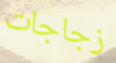
زجاجات